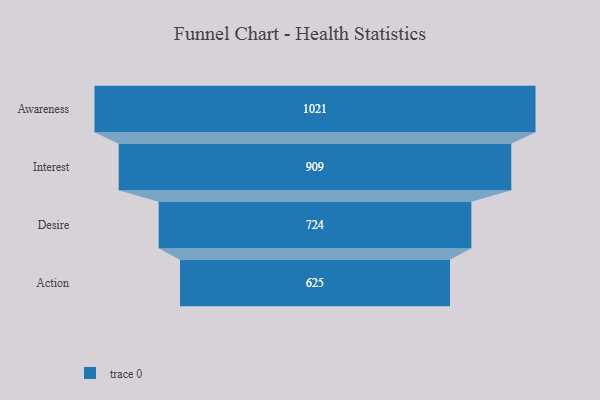
{"axis": {"x": "Stage", "y": "Value"}, "legend": [""], "data": [{"x": "Awareness", "y": 1021.0, "type": ""}, {"x": "Interest", "y": 909.0, "type": ""}, {"x": "Desire", "y": 724.0, "type": ""}, {"x": "Action", "y": 625.0, "type": ""}]}